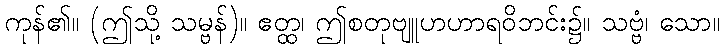
ကုန်၏။ (ဤသို့ သမ္ဗန်)။ ဧတ္ထ၊ ဤစတုဗျူဟဟာရဝိဘင်း၌။ သဗ္ဗံ၊ သော။